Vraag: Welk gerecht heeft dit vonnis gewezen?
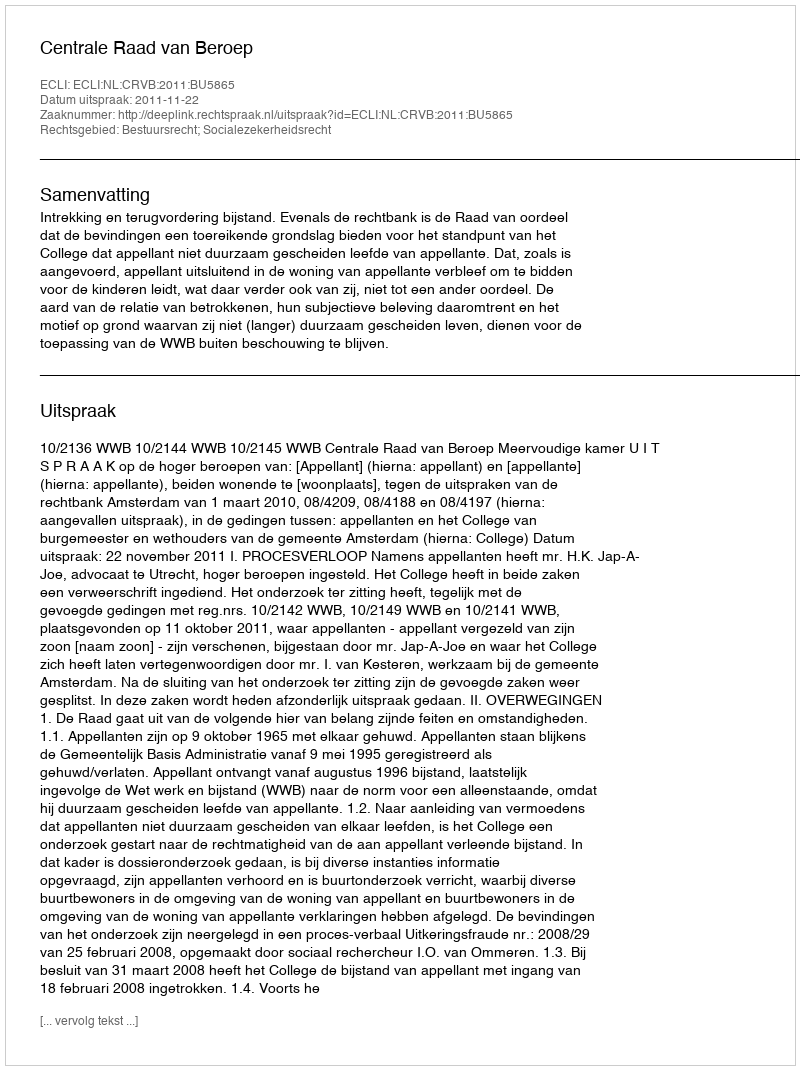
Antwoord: Centrale Raad van Beroep